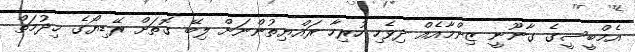
އެމްބީސީގެ ގާނޫނީ ޒިންމާއެއް ދިވެހި ހުރިހާ ރައްޔިތުންނަށް ލިބޭ ގޮތަށް ރޭޑިޔޯގެ ޚިދުމަތް